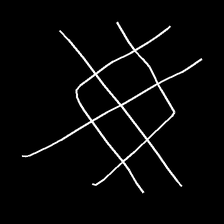
Glyph: crystal